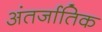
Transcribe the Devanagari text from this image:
अंतर्जातिक